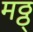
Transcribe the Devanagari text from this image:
मठ्ठ्